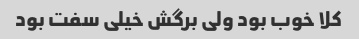
کلا خوب بود ولی برگش خیلی سفت بود